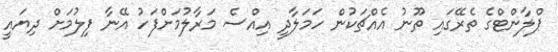
ޕްލާންޓްގެ ތެރޭގައި ތޫނު އެއްޗަކުން ހަމަލާދީ އިއްސެ މަރާލުމަށްފަހު އޭނާާ ފިލުމަށް ދިޔައީ